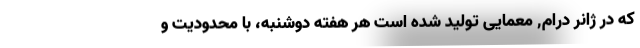
که در ژانر درام, معمایی تولید شده است هر هفته دوشنبه، با محدودیت و